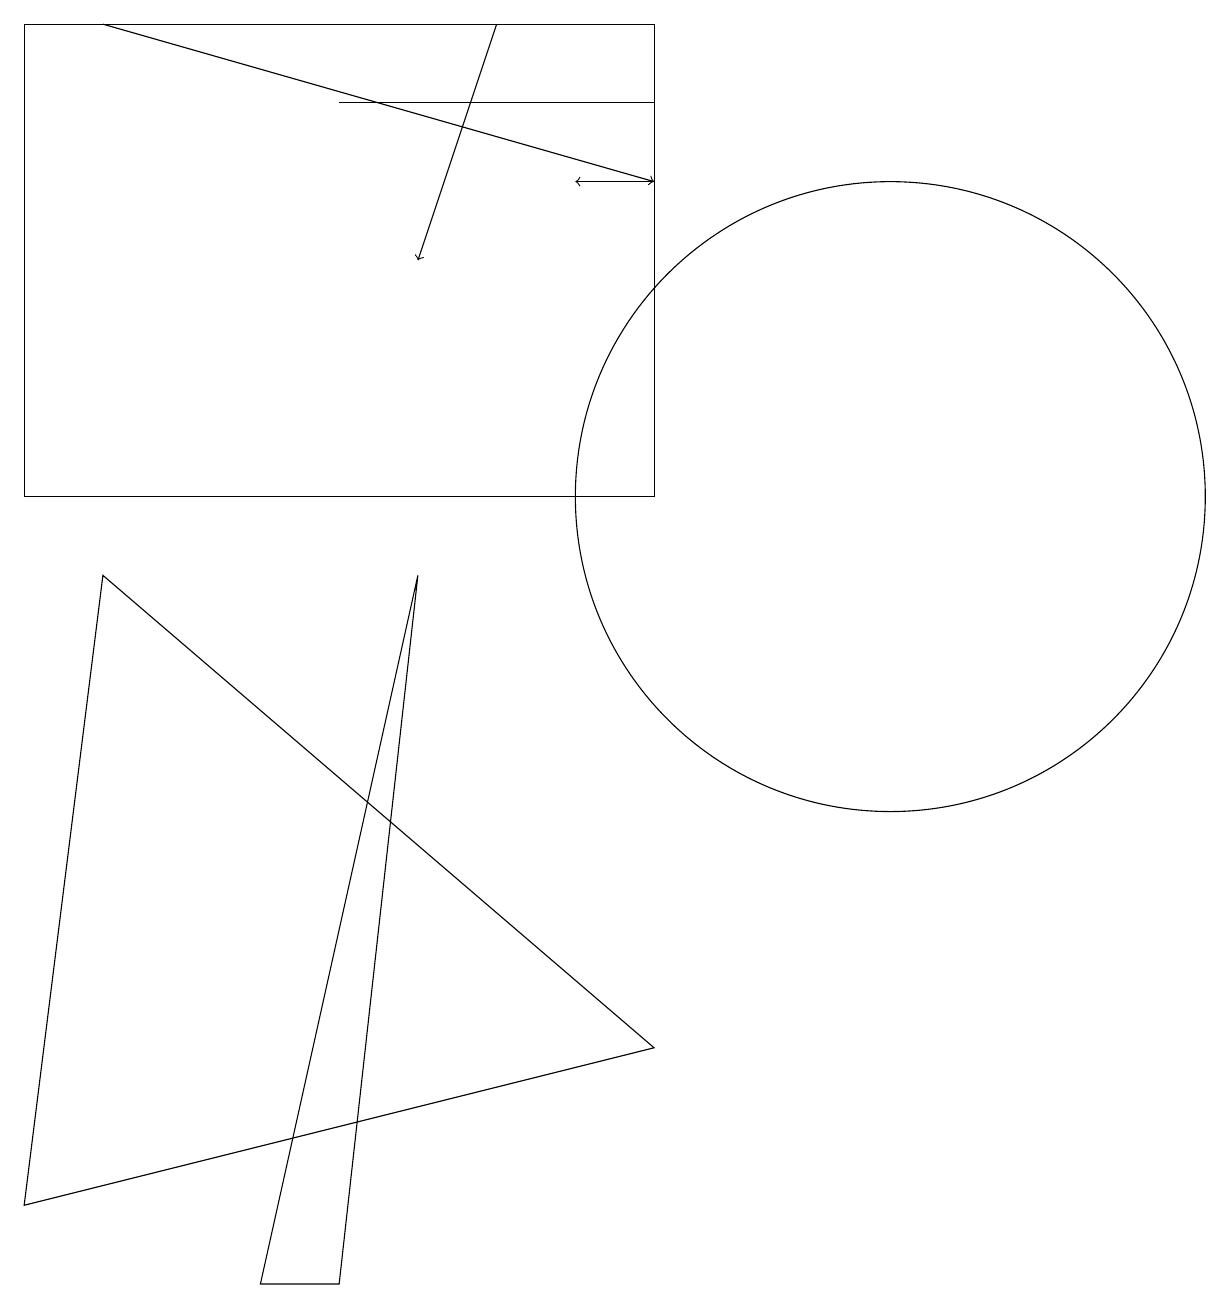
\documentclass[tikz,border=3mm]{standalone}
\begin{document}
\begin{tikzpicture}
\draw (8,15) rectangle (4,15);
\draw (4,0) -- (5,9) -- (3,0) -- cycle;
\draw[->] (6,16) -- (5,13);
\draw (1,9) -- (8,3) -- (0,1) -- cycle;
\draw (11,10) circle (4);
\draw[->] (8,14) -- (7,14);
\draw (0,16) rectangle (8,10);
\draw[->] (1,16) -- (8,14);
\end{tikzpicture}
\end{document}